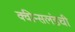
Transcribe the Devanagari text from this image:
क्वीन्सलंडची